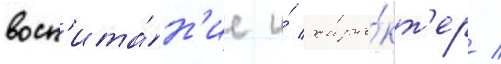
восп'ита́н'ие и́ хара́кт'ер /